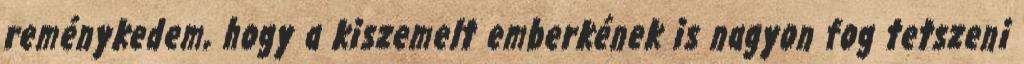
reménykedem, hogy a kiszemelt emberkének is nagyon fog tetszeni